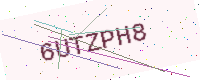
Text: 6UTZPH8